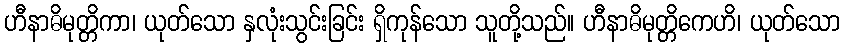
ဟီနာဓိမုတ္တိကာ၊ ယုတ်သော နှလုံးသွင်းခြင်း ရှိကုန်သော သူတို့သည်။ ဟီနာဓိမုတ္တိကေဟိ၊ ယုတ်သော